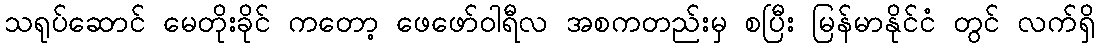
သရုပ်ဆောင် မေတိုးခိုင် ကတော့ ဖေဖော်ဝါရီလ အစကတည်းမှ စပြီး မြန်မာနိုင်ငံ တွင် လက်ရှိ